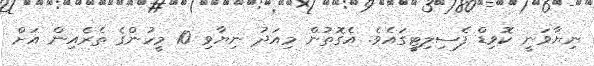
ނިޔާވަނީ ކޮވިޑް ފެސިލިޓީގައެވެ. އެގޮތުން މިއަދު ނިޔާވި 10 މީހުންގެ ތެރެއިން އަށް